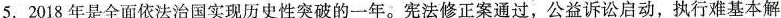
5. 2018年是全面依法治国实现历史性突破的一年。宪法修正案通过，公益诉讼启动，执行难基本解